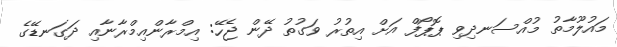
މައުލޫމާތު މުއްސަނދިވި ޕޮޕޯފް އަށް އިތުރު ވަގުތު ދޭން ޖެހޭ: އިމްރާންއިމްރާނާއި ދަގަނޑޭގެ